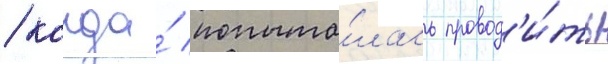
/ когда́ попыта́лась провод'и́ть